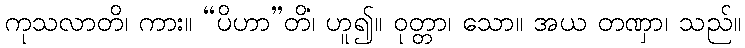
ကုသလာတိ၊ ကား။ “ပိဟာ”တိ၊ ဟူ၍။ ဝုတ္တာ၊ သော။ အယံ တဏှာ၊ သည်။